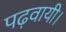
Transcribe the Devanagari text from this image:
पढ़वायी।